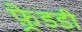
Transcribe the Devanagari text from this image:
फ़्रेडडी